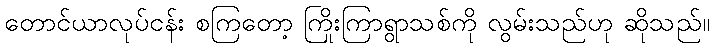
တောင်ယာလုပ်ငန်း စကြတော့ ကြိုးကြာရွာသစ်ကို လွမ်းသည်ဟု ဆိုသည်။